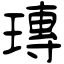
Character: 瑼